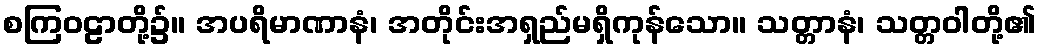
စကြဝဠာတို့၌။ အပရိမာဏာနံ၊ အတိုင်းအရှည်မရှိကုန်သော။ သတ္တာနံ၊ သတ္တဝါတို့၏